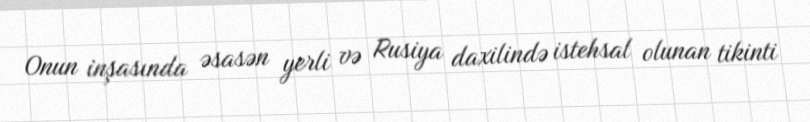
Onun inşasında əsasən yerli və Rusiya daxilində istehsal olunan tikinti